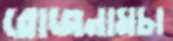
রোজনামচা